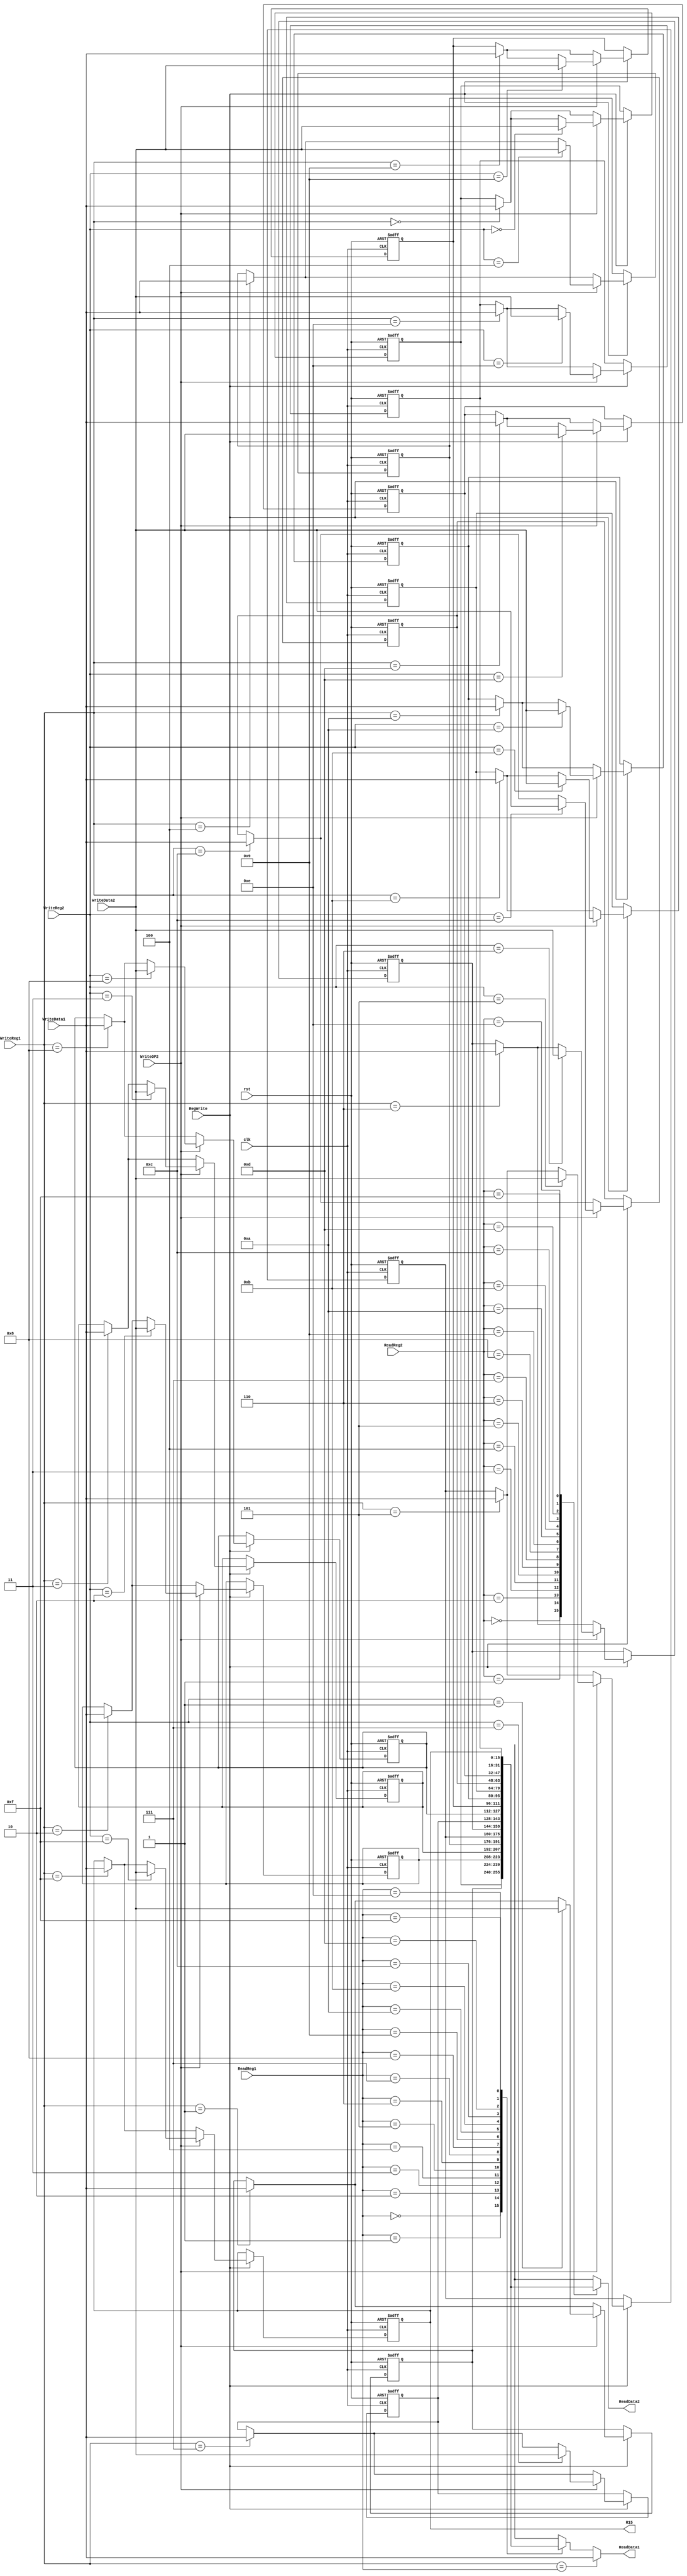
module RegisterFile(input [3:0] ReadReg1,ReadReg2,WriteReg1,WriteReg2,
					input [15:0]  WriteData1, WriteData2,
					input clk, rst, RegWrite, WriteOP2,
					output reg [15:0] ReadData1, ReadData2, R15);
					   
reg [15:0] Registers [15:0];
integer i;

//Unconditional Outputs:
//Fix issue with instructions that are 3 away
always@(*)
begin
	ReadData1 = Registers [ReadReg1];
	ReadData2 = Registers [ReadReg2];
	R15 = Registers [15];
	if(WriteReg1 == ReadReg1)
	begin
		ReadData1 = WriteData1;
	end
end


always @(posedge clk, negedge rst)
begin
	if(!rst)
	begin
		for (i = 0; i<16; i=i+1)
			Registers[i]<=0;
	//Test Values:
		Registers[0] <= 16'h0000;
		Registers[1] <= 16'h0e12;
		Registers[2] <= 16'h0045;
		Registers[3] <= 16'hF08F;
		Registers[4] <= 16'hF076;
		Registers[5] <= 16'h0084;
		Registers[6] <= 16'h6789;
		Registers[7] <= 16'h00EB;
		Registers[8] <= 16'hFF56;
		Registers[12] <= 16'hCC89;
		Registers[13] <= 16'h0002;



	end
	else
	begin
		if(RegWrite)
		begin
			Registers [WriteReg1] <= WriteData1;
			if(WriteOP2)
				Registers [WriteReg2] <= WriteData2;
		end
	end	
end

endmodule